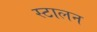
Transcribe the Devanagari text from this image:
स्टालन